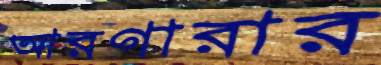
আরগারার